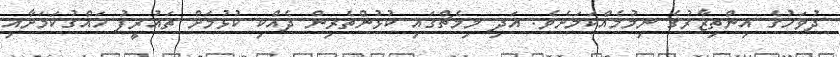
ދުވަހުގެ އިންތިޒާރުގެ ނިމުމެއްކަމަށެވެ. އަދި މިމެޗްގައި ކުޅުންތެރިން ދެއްކި ކުޅުމަށް ތައުރީފު ހައްގުކަމަށާއި